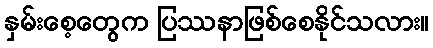
နှမ်းစေ့တွေက ပြဿနာဖြစ်စေနိုင်သလား။